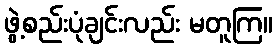
ဖွဲ့စည်းပုံချင်းလည်း မတူကြ။